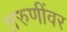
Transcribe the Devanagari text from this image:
तरुणींवर